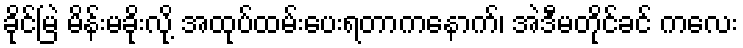
ခိုင်မြဲ မိန်းမခိုးလို့ အထုပ်ထမ်းပေးရတာကနောက်၊ အဲဒီမတိုင်ခင် ကလေး